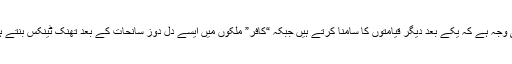
یہی وجہ ہے کہ یکے بعد دیگر قیامتوں کا سامنا کرتے ہیں جبکہ “کافر” ملکوں میں ایسے دل دوز سانحات کے بعد تھنک ٹینکس بنتے ہیں۔